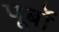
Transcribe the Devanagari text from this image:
पूर्बो